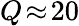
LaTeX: Q\! \approx\! 20